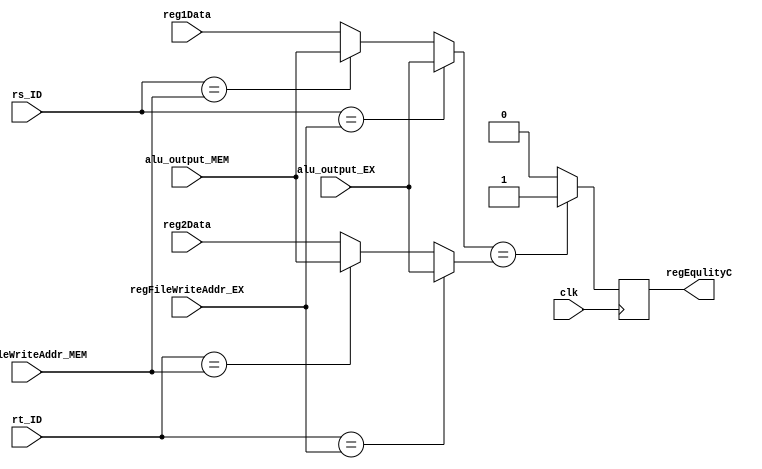
module B_Forward(regEqulityC,reg1Data,reg2Data,rs_ID,rt_ID,regFileWriteAddr_EX,regFileWriteAddr_MEM,
                alu_output_EX,alu_output_MEM, clk);
    output reg regEqulityC;
    input wire [31:0] reg1Data;
    input wire [31:0] reg2Data;
    input wire [31:0] alu_output_EX;
    input wire [31:0] alu_output_MEM;
    input wire [4:0] rs_ID; 
    input wire [4:0] rt_ID; 
    input wire [4:0] regFileWriteAddr_EX; 
    input wire [4:0] regFileWriteAddr_MEM;
    input wire clk;
    reg [31:0] data1;
    reg [31:0] data2;

    always @(negedge clk)begin
        data1 = reg1Data;
        data2 = reg2Data;
        // $display("Branch Forward UNIT ..");
        // $display("rs : %0d, rt : %0d, writeEX : %0d, writeMEM : %0d", rs_ID, rt_ID, regFileWriteAddr_EX, regFileWriteAddr_MEM);
        // $display("rs value : %0d, rt value : %0d, ex : %0d, mem : %0d",reg1Data, reg2Data, alu_output_EX, alu_output_MEM);
        if(rs_ID == regFileWriteAddr_EX)begin
            data1 = alu_output_EX;
        end else if(rs_ID == regFileWriteAddr_MEM) begin
            data1 = alu_output_MEM;
        end

        if(rt_ID == regFileWriteAddr_EX)begin
            data2 = alu_output_EX;
        end else if(rt_ID == regFileWriteAddr_MEM) begin
            data2 = alu_output_MEM;
        end

        if (data1 == data2)begin
            regEqulityC = 1;
        end else begin
            regEqulityC = 0;
        end
        // $display("data1 is : %0d",data1);
        // $display("data2 is : %0d",data2);
        // $display("regEquality is : %0d",regEqulityC);
    end
endmodule